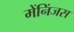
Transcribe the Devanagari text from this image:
मेंनिंजस